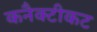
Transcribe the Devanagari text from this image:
कनैक्टीकट